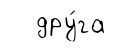
дру́га